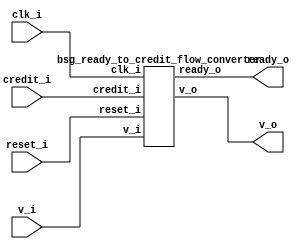
// This program was cloned from: https://github.com/chipsalliance/UHDM-integration-tests
// License: Apache License 2.0



module top
(
  clk_i,
  reset_i,
  v_i,
  ready_o,
  v_o,
  credit_i
);

  input clk_i;
  input reset_i;
  input v_i;
  input credit_i;
  output ready_o;
  output v_o;

  bsg_ready_to_credit_flow_converter
  wrapper
  (
    .clk_i(clk_i),
    .reset_i(reset_i),
    .v_i(v_i),
    .credit_i(credit_i),
    .ready_o(ready_o),
    .v_o(v_o)
  );


endmodule



module bsg_counter_up_down_variable_max_val_p10_init_val_p0_max_step_p1
(
  clk_i,
  reset_i,
  up_i,
  down_i,
  count_o
);

  input [0:0] up_i;
  input [0:0] down_i;
  output [3:0] count_o;
  input clk_i;
  input reset_i;
  wire [3:0] count_o;
  wire N0,N1,N2,N3,N4,N5,N6,N7,N8;
  reg count_o_3_sv2v_reg,count_o_2_sv2v_reg,count_o_1_sv2v_reg,count_o_0_sv2v_reg;
  assign count_o[3] = count_o_3_sv2v_reg;
  assign count_o[2] = count_o_2_sv2v_reg;
  assign count_o[1] = count_o_1_sv2v_reg;
  assign count_o[0] = count_o_0_sv2v_reg;
  assign { N4, N3, N2, N1 } = count_o - down_i[0];
  assign { N8, N7, N6, N5 } = { N4, N3, N2, N1 } + up_i[0];
  assign N0 = ~reset_i;

  always @(posedge clk_i) begin
    if(reset_i) begin
      count_o_3_sv2v_reg <= 1'b0;
      count_o_2_sv2v_reg <= 1'b0;
      count_o_1_sv2v_reg <= 1'b0;
      count_o_0_sv2v_reg <= 1'b0;
    end else if(1'b1) begin
      count_o_3_sv2v_reg <= N8;
      count_o_2_sv2v_reg <= N7;
      count_o_1_sv2v_reg <= N6;
      count_o_0_sv2v_reg <= N5;
    end 
  end


endmodule



module bsg_ready_to_credit_flow_converter
(
  clk_i,
  reset_i,
  v_i,
  ready_o,
  v_o,
  credit_i
);

  input clk_i;
  input reset_i;
  input v_i;
  input credit_i;
  output ready_o;
  output v_o;
  wire ready_o,v_o,N0,N1;
  wire [3:0] credit_cnt;
  wire [0:0] up;

  bsg_counter_up_down_variable_max_val_p10_init_val_p0_max_step_p1
  credit_counter
  (
    .clk_i(clk_i),
    .reset_i(reset_i),
    .up_i(up[0]),
    .down_i(v_o),
    .count_o(credit_cnt)
  );

  assign N0 = credit_cnt[2] | credit_cnt[3];
  assign N1 = credit_cnt[1] | N0;
  assign ready_o = credit_cnt[0] | N1;
  assign v_o = v_i & ready_o;
  assign up[0] = credit_i;

endmodule